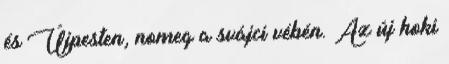
és Újpesten, nomeg a svájci vébén. Az új hoki